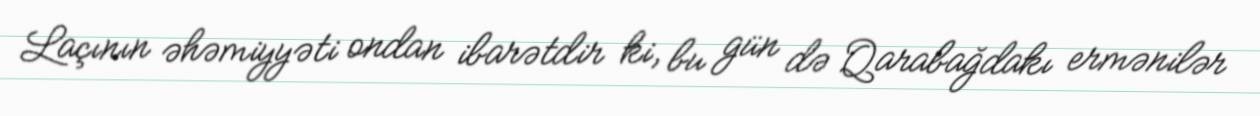
Laçının əhəmiyyəti ondan ibarətdir ki, bu gün də Qarabağdakı ermənilər